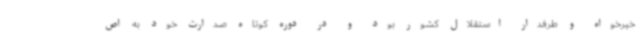
خیرخواه و طرفدار استقلال کشور بود و در دوره کوتاه صدارت خود به اص